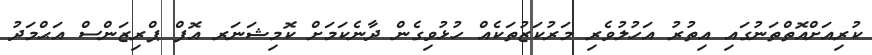
ކުރިއަށްއޮތްތަނުގައި އިތުރު އަހުލުވެރި މަރުކަޒުތަކެއް ހުޅުވިގެން ދާނެކަމަށް ކޮމިޝަނަރ އޮފް ޕްރިޒަންސް އަޙްމަދު